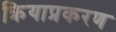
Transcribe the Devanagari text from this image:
क्रियाप्रकरण